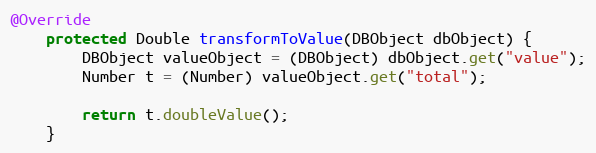
Language: Java
@Override
    protected Double transformToValue(DBObject dbObject) {
        DBObject valueObject = (DBObject) dbObject.get("value");
        Number t = (Number) valueObject.get("total");

        return t.doubleValue();
    }